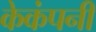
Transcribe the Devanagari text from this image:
केकंपनी